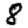
Digit: 8